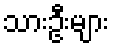
သားဦးများ